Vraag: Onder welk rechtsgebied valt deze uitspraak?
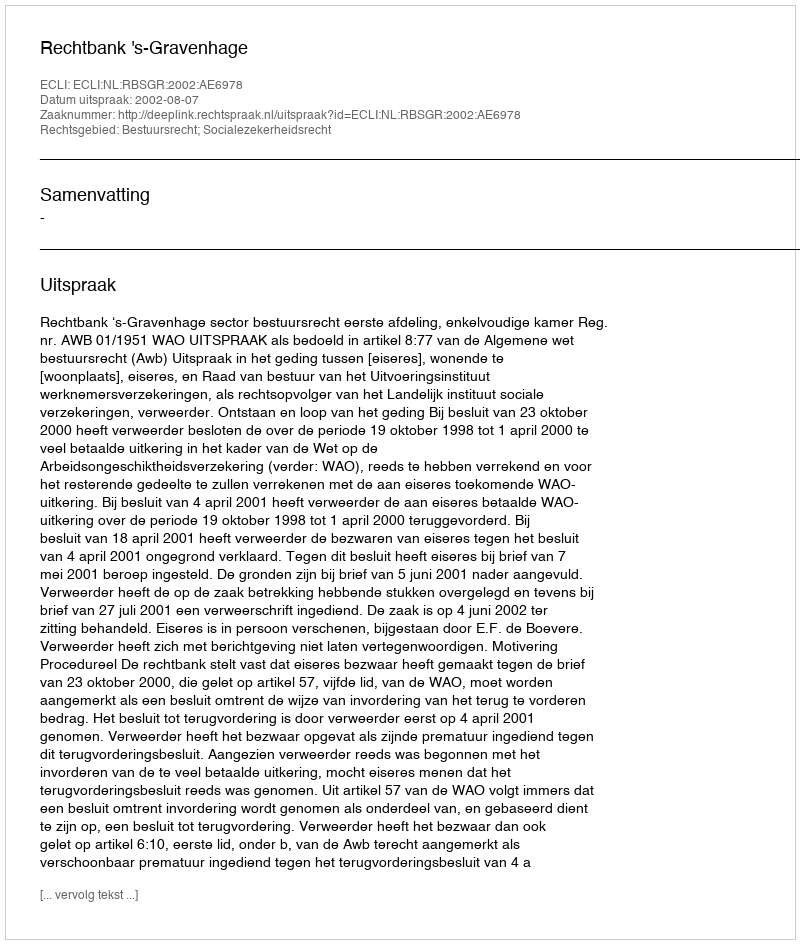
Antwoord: Bestuursrecht; Socialezekerheidsrecht